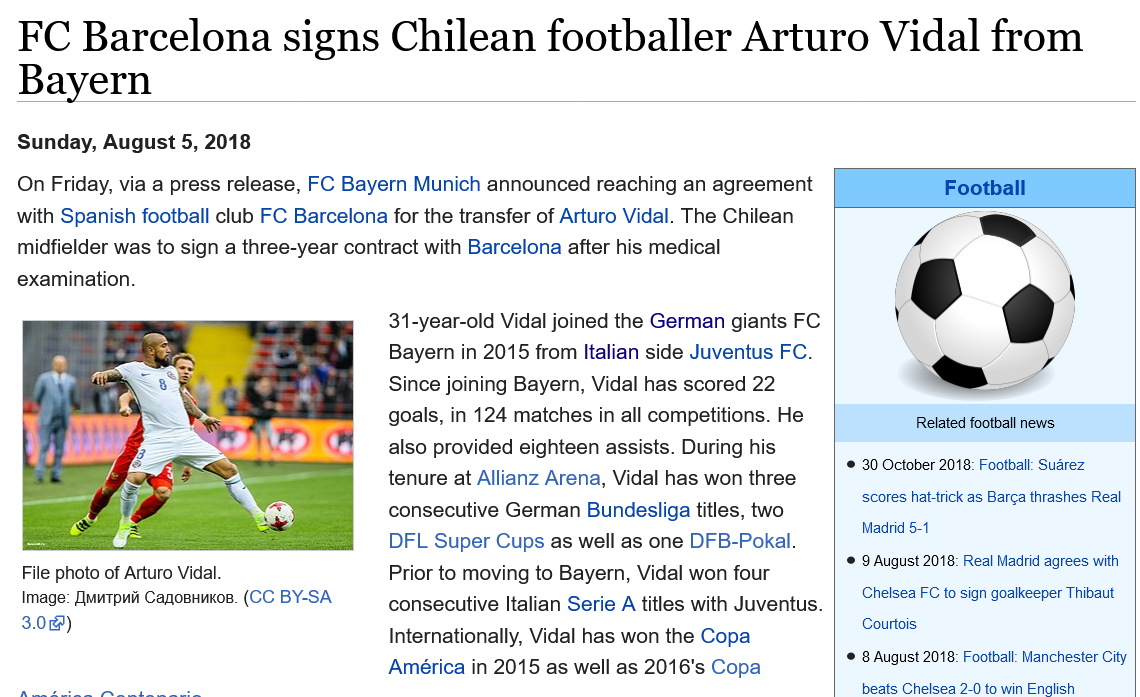
FC    Barcelona    signs    Chilean    footballer    Arturo    Vidal    from
  Bayern
  On Friday, via a press release, FC Bayern Munich announced reaching an agreement
  with Spanish football club FC Barcelona for the transfer of Arturo Vidal. The Chilean
  midfielder was to sign a three-year contract with Barcelona after his medical
  examination.
     31-year-old Vidal joined the German giants FC
     Bayern in 2015 from Italian side Juventus FC.
     Since joining Bayern, Vidal has scored 22
     goals, in 124 matches in all competitions. He
     also provided eighteen assists. During his
     tenure at Allianz Arena, Vidal has won three
     consecutive German Bundesliga titles, two
     DFL Super Cups as well as one DFB-Pokal.
     Prior to moving to Bayern, Vidal won four
     consecutive Italian Serie
     A
     titles with Juventus.
     Internationally, Vidal has won the Copa
     América in 2015 as well as 2016's Copa
  Sunday, August 5, 2018
   File photo of Arturo Vidal.
   Image: [Imupwit Canosnukos. (CC BY-SA
   3.08)
     Football
     Related football news
     © 30 October 2018: Football: Suarez
     scores hat-trick as Barca thrashes Real
     Madrid 5-1
     © 9 August 2018: Real Madrid agrees with
     Chelsea FC to sign goalkeeper Thibaut
     Courtois
     © 8 August 2018: Football: Manchester City
     heate Cheleea 2.1 ta win Enniich